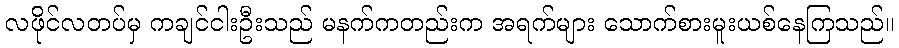
လဖိုင်လတပ်မှ ကချင်ငါးဦးသည် မနက်ကတည်းက အရက်များ သောက်စားမူးယစ်နေကြသည်။